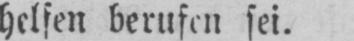
helfen berufen sei.